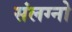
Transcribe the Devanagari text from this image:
संलग्नो